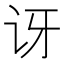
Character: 讶